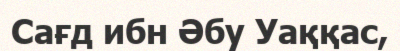
Сағд ибн Әбу Уаққас,